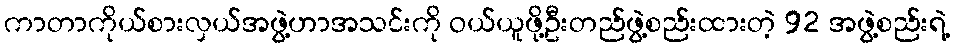
ကာတာကိုယ်စားလှယ်အဖွဲ့ဟာအသင်းကို ဝယ်ယူဖို့ဦးတည်ဖွဲ့စည်းထားတဲ့ 92 အဖွဲ့စည်းရဲ့